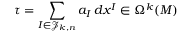
\tau = \sum _ { I \in { \mathcal { J } } _ { k , n } } a _ { I } \, d x ^ { I } \in \Omega ^ { k } ( M )